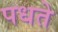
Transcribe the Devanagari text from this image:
पधते